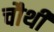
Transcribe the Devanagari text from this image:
चौथीं